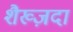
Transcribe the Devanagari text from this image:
शैख्ज़दा